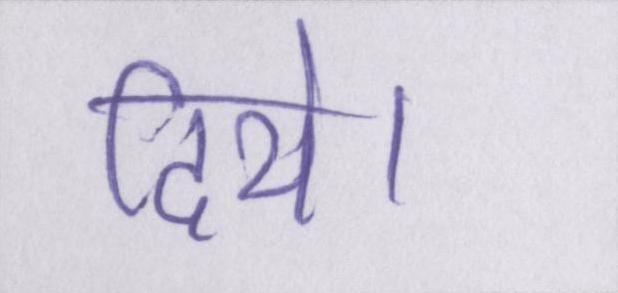
दिये।